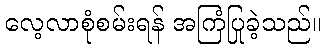
လေ့လာစုံစမ်းရန် အကြံပြုခဲ့သည်။